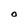
Character: 0